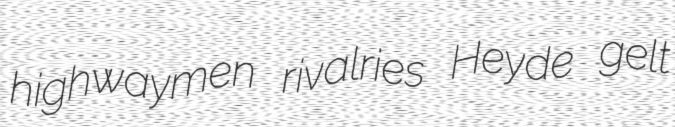
highwaymen rivalries Heyde gelt